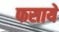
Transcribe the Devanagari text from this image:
फसाये